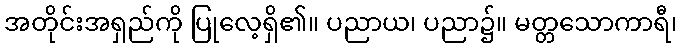
အတိုင်းအရှည်ကို ပြုလေ့ရှိ၏။ ပညာယ၊ ပညာ၌။ မတ္တသောကာရီ၊